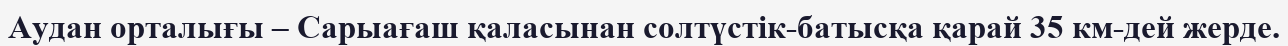
Аудан орталығы – Сарыағаш қаласынан солтүстік-батысқа қарай 35 км-дей жерде.